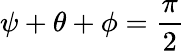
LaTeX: \psi+\theta+\phi={\frac{\pi}{2}}